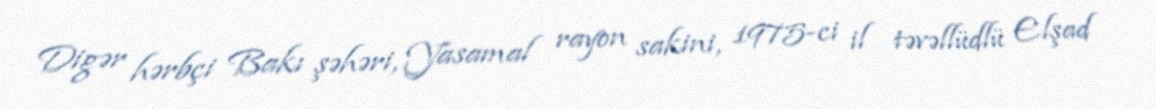
Digər hərbçi Bakı şəhəri, Yasamal rayon sakini, 1975-ci il təvəllüdlü Elşad